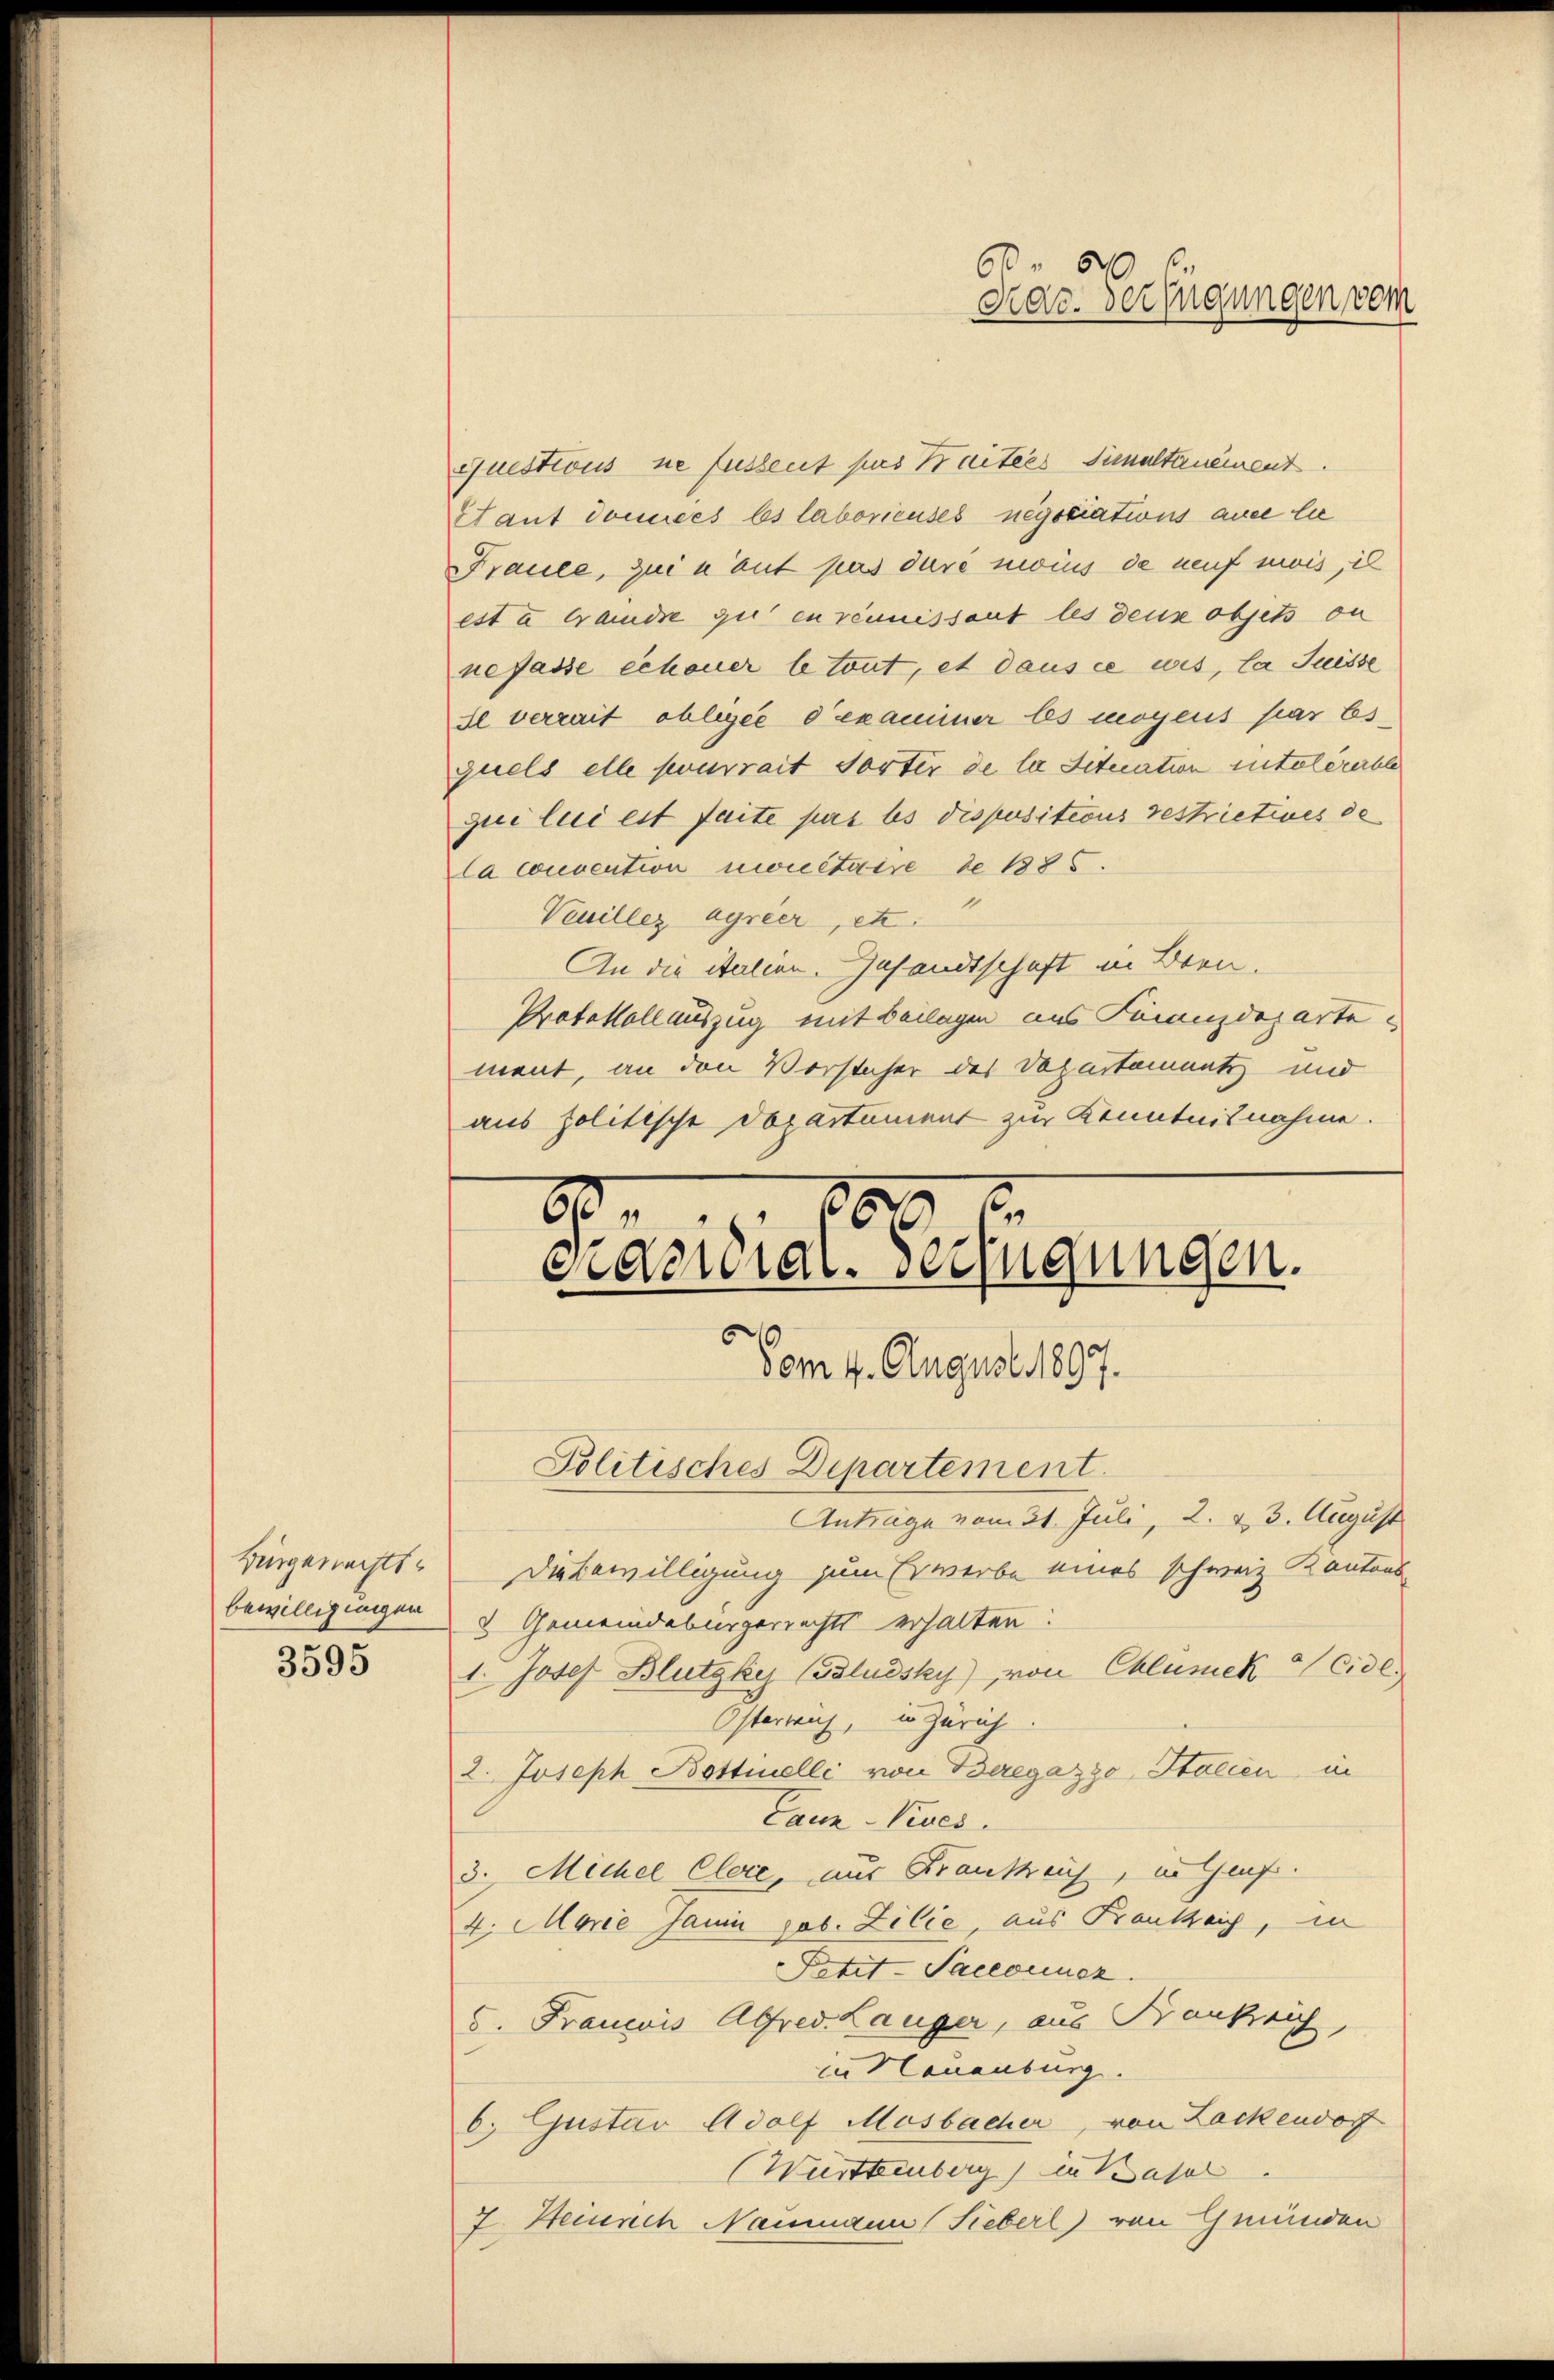
Bürgerrechtsbewilligungen

questions ne fussent pas Kraitées Simultanément.
Staut domices és laboricuses negotiations ane lie
Fraule, zui u aut pas duré moins de auf mois, il
est a Grandre qui en renissant les deus objets ou
nefasse erheuer le tout, et dans ce wis, la Suisse
Il verrait obligée d’examiner les moyens par bsquels elle pourrait Torter de lie Situation intelererble
qui lui est faite purs bis dispositions restrictives de
la convention mouétaire de 1885.
Veuillez agrier, etc.“
An die italien. Gesandtschaft in Bren.
Protokollauszug mit Beilagen aus Finanzdeparte
ment, an den Vorsteher des Departement und
aus politische Dopartement zur Kenntnisnahme.

Vom 4. August 1897.
Anträge vom 31. Juli, 2. & 3. August
Die Bewilligung zum Erwerbe eines schweiz. Kantons-
2 Gemeindebürgerrechts erhalten:
§5531. Josef Blutzky (dluesky), von Clusek Cidl.
Osterrich, in Zürich
2. Joseph Bottinelli von Beregazzo, Italien in
Tauz-Vives.
3. Michel Clere, aus Krankreis, in Gruf.
4. Marie Janin job. Lilie, aus Frankreich, in
Petit-Sacconuez.
5. Francois Alfred Langer, aus Frankreich
in Neuenburg.
b. Gustav Adolf Mosbacher, von Zackendorf
(Württemberg) in Basel
7. Heinrich Naumann Fieberl) von Gmünden

80
889
eiderial. verfügungen.

Politisches Departement.

60
dar. Verfügungen vom